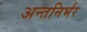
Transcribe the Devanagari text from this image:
अन्तनिर्भर